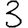
Digit: 3